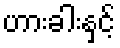
ဟားခါးနှင့်